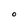
Character: o